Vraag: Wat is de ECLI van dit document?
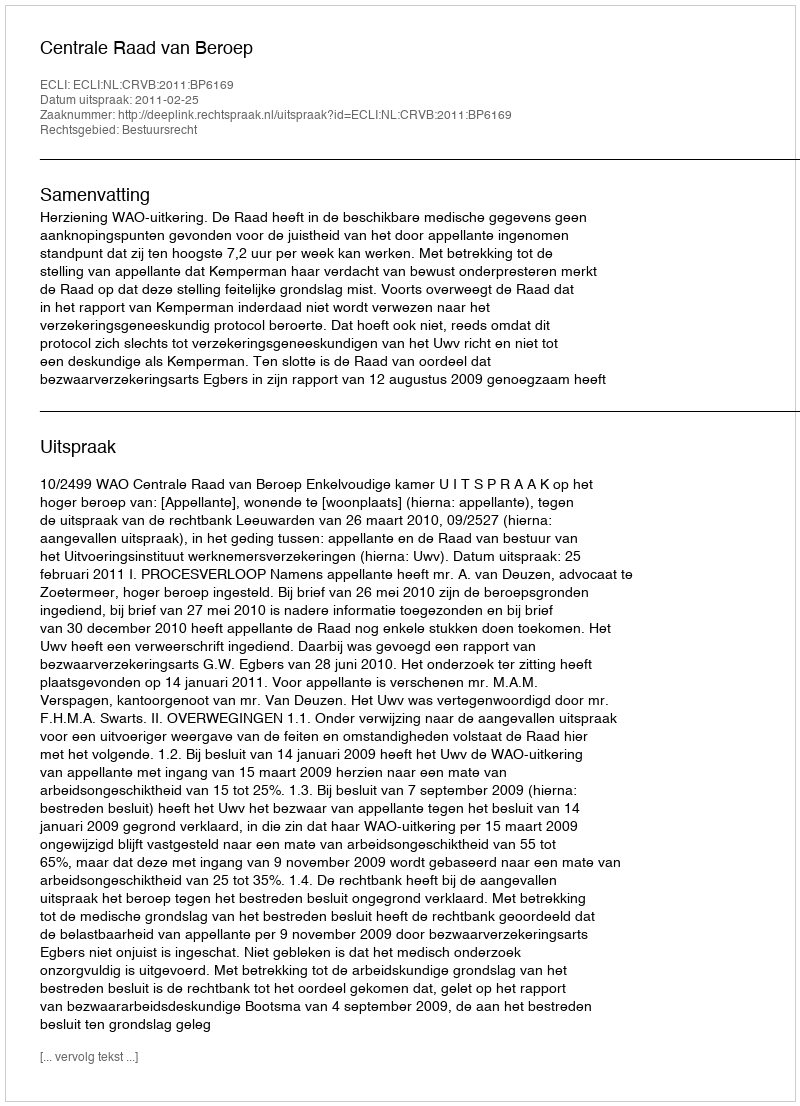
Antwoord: ECLI:NL:CRVB:2011:BP6169